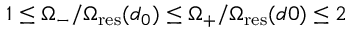
1 \leq \Omega _ { - } / \Omega _ { \mathrm { r e s } } ( d _ { 0 } ) \leq \Omega _ { + } / \Omega _ { \mathrm { r e s } } ( d 0 ) \leq 2